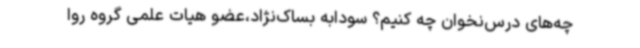
چه‌های درس‌نخوان چه کنیم؟ سودابه بساک‌نژاد،عضو هیات علمی گروه روا